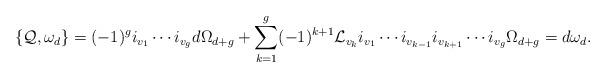
LaTeX: \begin{align*}\{{\cal Q},\omega_d\}=(-1)^gi_{v_1}\cdots i_{v_g}d\Omega_{d+g}+\sum_{k=1}^g(-1)^{k+1}{\cal L}_{v_k}i_{v_1}\cdots i_{v_{k-1}}i_{v_{k+1}}\cdots i_{v_g}\Omega_{d+g}=d\omega_d.\end{align*}